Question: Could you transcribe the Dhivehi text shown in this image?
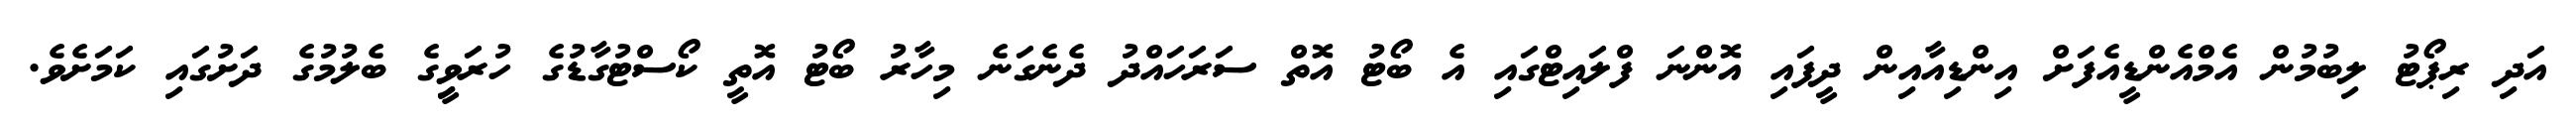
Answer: އަދި ރިޕޯޓު ލިބުމުން އެމްއެންޑީއެފަށް އިންޑިއާއިން ދީފައި އޮންނަ ފްލައިޓްގައި އެ ބޯޓު އޮތް ސަރަހައްދު ދެނެގަނެ މިހާރު ބޯޓު އޮތީ ކޯސްޓުގާޑުގެ ހުރަވީިގެ ބެލުމުގެ ދަށުގައި ކަމަށެވެ.